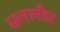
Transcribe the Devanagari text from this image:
सलामैंडर